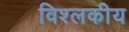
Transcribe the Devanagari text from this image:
विश्लकीय